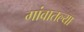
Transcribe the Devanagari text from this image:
गांवातल्या